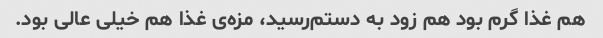
هم غذا گرم بود هم زود به دستم‌رسید، مزه‌ی غذا هم خیلی عالی بود.